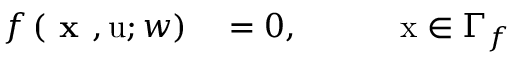
\begin{array} { r } { \begin{array} { r l } { f \left( \textbf { x } , \mathrm { u } ; w \right) } & { { } = 0 , \quad \quad \quad \mathrm { x } \in \Gamma _ { f } } \end{array} } \end{array}